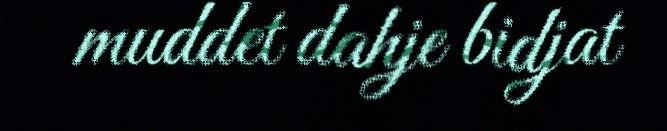
muddet dahje bidjat